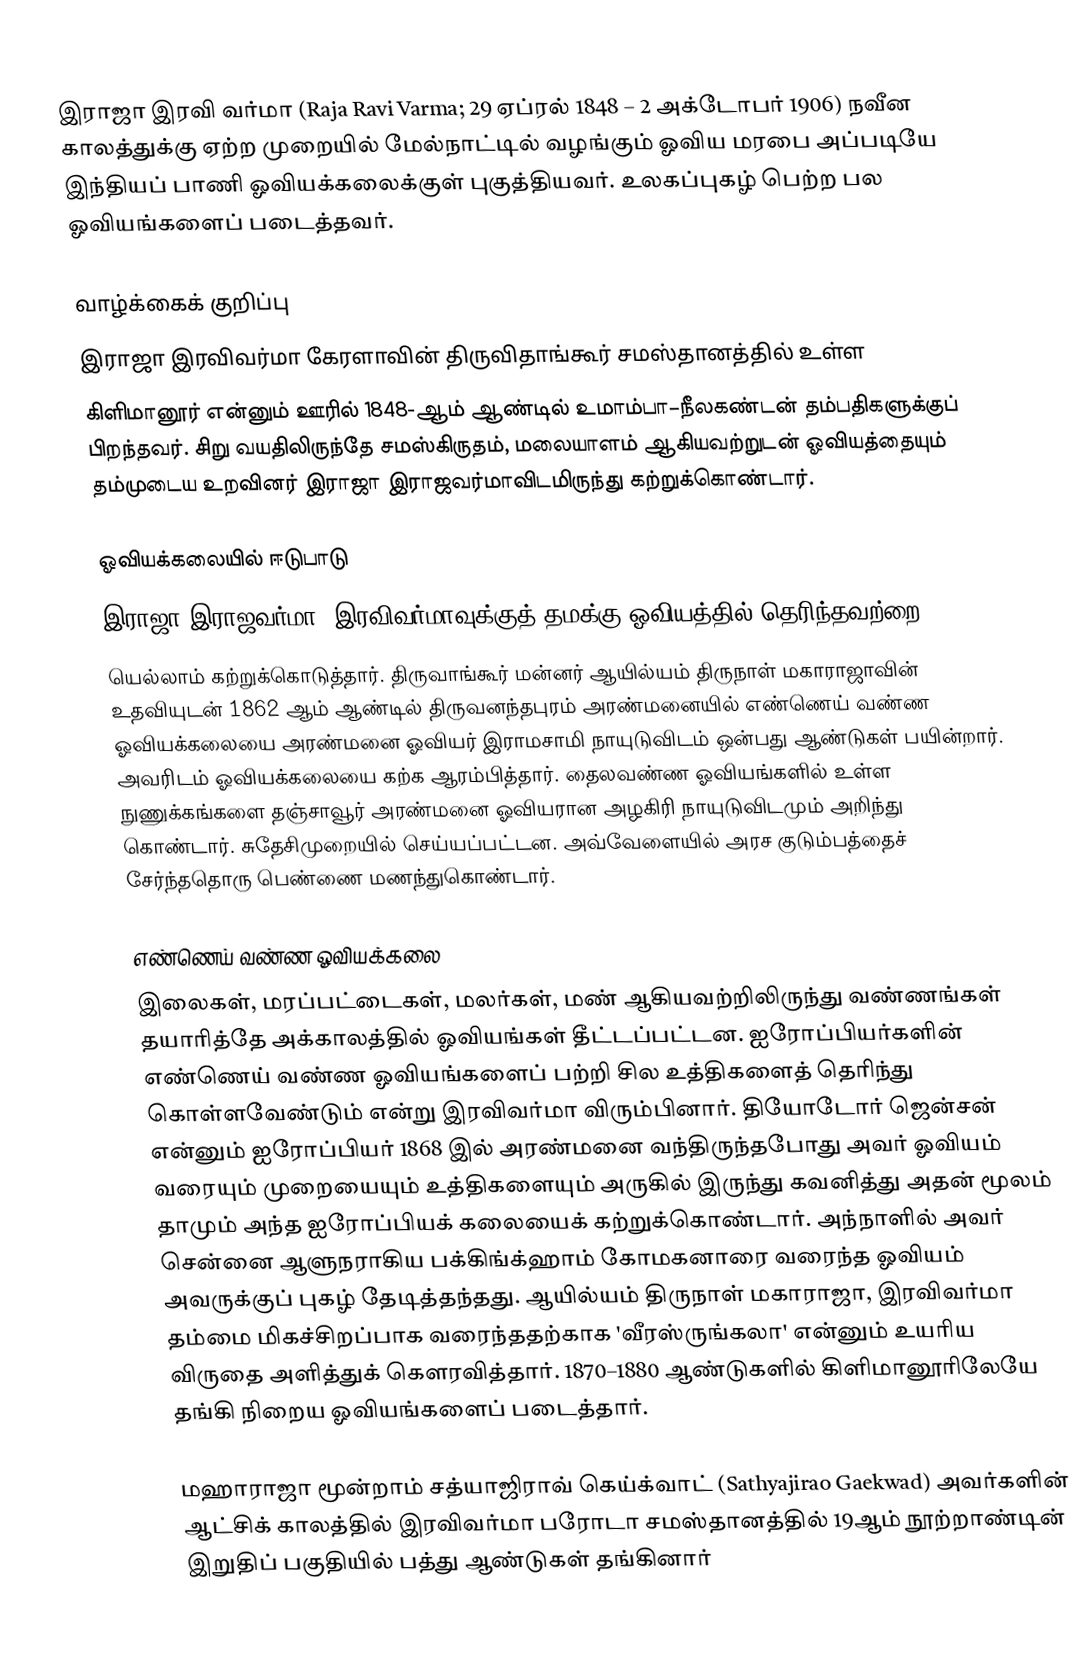
இராஜா இரவி வர்மா (Raja Ravi Varma; 29 ஏப்ரல் 1848 – 2 அக்டோபர் 1906) நவீன காலத்துக்கு ஏற்ற முறையில் மேல்நாட்டில் வழங்கும் ஓவிய மரபை அப்படியே இந்தியப் பாணி ஓவியக்கலைக்குள் புகுத்தியவர். உலகப்புகழ் பெற்ற பல ஓவியங்களைப் படைத்தவர்.

வாழ்க்கைக் குறிப்பு
இராஜா இரவிவர்மா கேரளாவின் திருவிதாங்கூர் சமஸ்தானத்தில் உள்ள
கிளிமானூர் என்னும் ஊரில் 1848-ஆம் ஆண்டில் உமாம்பா–நீலகண்டன் தம்பதிகளுக்குப் பிறந்தவர். சிறு வயதிலிருந்தே சமஸ்கிருதம், மலையாளம் ஆகியவற்றுடன் ஓவியத்தையும் தம்முடைய உறவினர் இராஜா இராஜவர்மாவிடமிருந்து கற்றுக்கொண்டார்.

ஓவியக்கலையில் ஈடுபாடு
இராஜா இராஜவர்மா, இரவிவர்மாவுக்குத் தமக்கு ஓவியத்தில் தெரிந்தவற்றை
யெல்லாம் கற்றுக்கொடுத்தார். திருவாங்கூர் மன்னர் ஆயில்யம் திருநாள் மகாராஜாவின் உதவியுடன் 1862 ஆம் ஆண்டில் திருவனந்தபுரம் அரண்மனையில் எண்ணெய் வண்ண ஓவியக்கலையை அரண்மனை ஓவியர் இராமசாமி நாயுடுவிடம் ஒன்பது ஆண்டுகள் பயின்றார். அவரிடம் ஓவியக்கலையை கற்க ஆரம்பித்தார். தைலவண்ண ஓவியங்களில் உள்ள நுணுக்கங்களை தஞ்சாவூர் அரண்மனை ஓவியரான அழகிரி நாயுடுவிடமும் அறிந்து கொண்டார்.  சுதேசிமுறையில் செய்யப்பட்டன. அவ்வேளையில் அரச குடும்பத்தைச் சேர்ந்ததொரு பெண்ணை மணந்துகொண்டார்.

எண்ணெய் வண்ண ஓவியக்கலை
இலைகள், மரப்பட்டைகள், மலர்கள், மண் ஆகியவற்றிலிருந்து வண்ணங்கள் தயாரித்தே அக்காலத்தில் ஓவியங்கள் தீட்டப்பட்டன. ஐரோப்பியர்களின் எண்ணெய் வண்ண ஓவியங்களைப் பற்றி சில உத்திகளைத் தெரிந்து கொள்ளவேண்டும் என்று இரவிவர்மா விரும்பினார். தியோடோர் ஜென்சன் என்னும் ஐரோப்பியர் 1868 இல் அரண்மனை வந்திருந்தபோது அவர் ஓவியம் வரையும் முறையையும் உத்திகளையும் அருகில் இருந்து கவனித்து அதன் மூலம் தாமும் அந்த ஐரோப்பியக் கலையைக் கற்றுக்கொண்டார். அந்நாளில் அவர் சென்னை ஆளுநராகிய பக்கிங்க்ஹாம் கோமகனாரை வரைந்த ஓவியம் அவருக்குப் புகழ் தேடித்தந்தது. ஆயில்யம் திருநாள் மகாராஜா, இரவிவர்மா தம்மை மிகச்சிறப்பாக வரைந்ததற்காக 'வீரஸ்ருங்கலா' என்னும் உயரிய விருதை அளித்துக் கௌரவித்தார். 1870–1880 ஆண்டுகளில் கிளிமானூரிலேயே தங்கி நிறைய ஓவியங்களைப் படைத்தார்.

மஹாராஜா மூன்றாம் சத்யாஜிராவ் கெய்க்வாட் (Sathyajirao Gaekwad) அவர்களின் ஆட்சிக் காலத்தில் இரவிவர்மா பரோடா சமஸ்தானத்தில் 19ஆம் நூற்றாண்டின் இறுதிப் பகுதியில் பத்து ஆண்டுகள் தங்கினார்